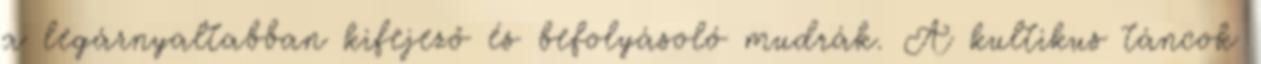
a legárnyaltabban kifejező és befolyásoló mudrák. A kultikus táncok